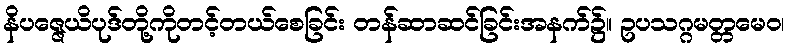
နိပဇ္ဇေယိပုဒ်တို့ကိုတင့်တယ်စေခြင်း တန်ဆာဆင်ခြင်းအနက်၌။ ဥပသဂ္ဂမတ္တမေဝ၊